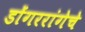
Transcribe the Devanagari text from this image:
डोंगररांगेचे